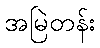
အမြဲတန်း